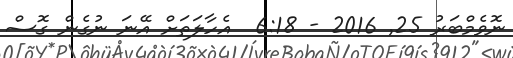
ނޮވެމްބަރު 25